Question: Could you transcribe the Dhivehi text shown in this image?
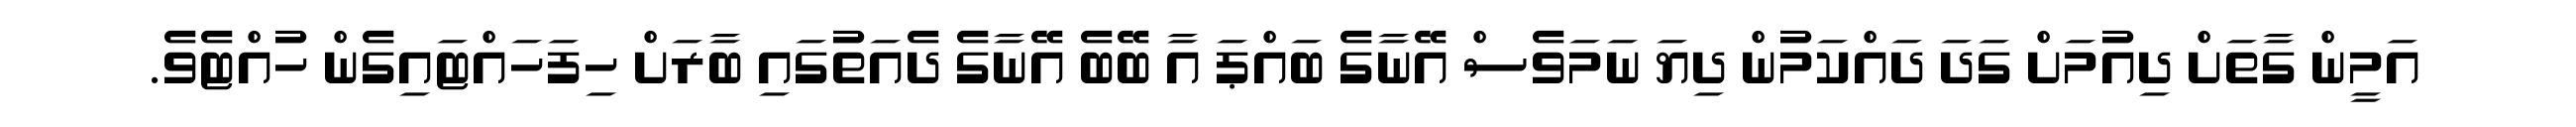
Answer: އަމީން ގާތަށް ދިއުމަށް ގަދަ ދައްކަމުން ދިޔަ ނަމަވެސް އޭނާގެ ބައްޕަ އާ ބޭބެ އޭނާގެ ދެއަތުގައި ބާރަށް ހިފަހައްޓައިގެން ހުއްޓެވެ.